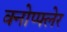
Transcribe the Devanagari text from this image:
क्नोप्फ्लेर